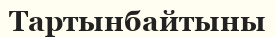
Тартынбайтыны